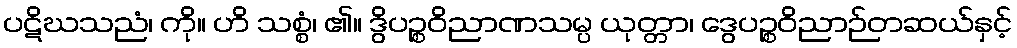
ပဋိဃသညံ၊ ကို။ ဟိ သစ္စံ၊ ၏။ ဒွိပဉ္စဝိညာဏသမ္ပ ယုတ္တာ၊ ဒွေပဉ္စဝိညာဉ်တဆယ်နှင့်